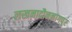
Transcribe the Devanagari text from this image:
लखनादौननागपुर